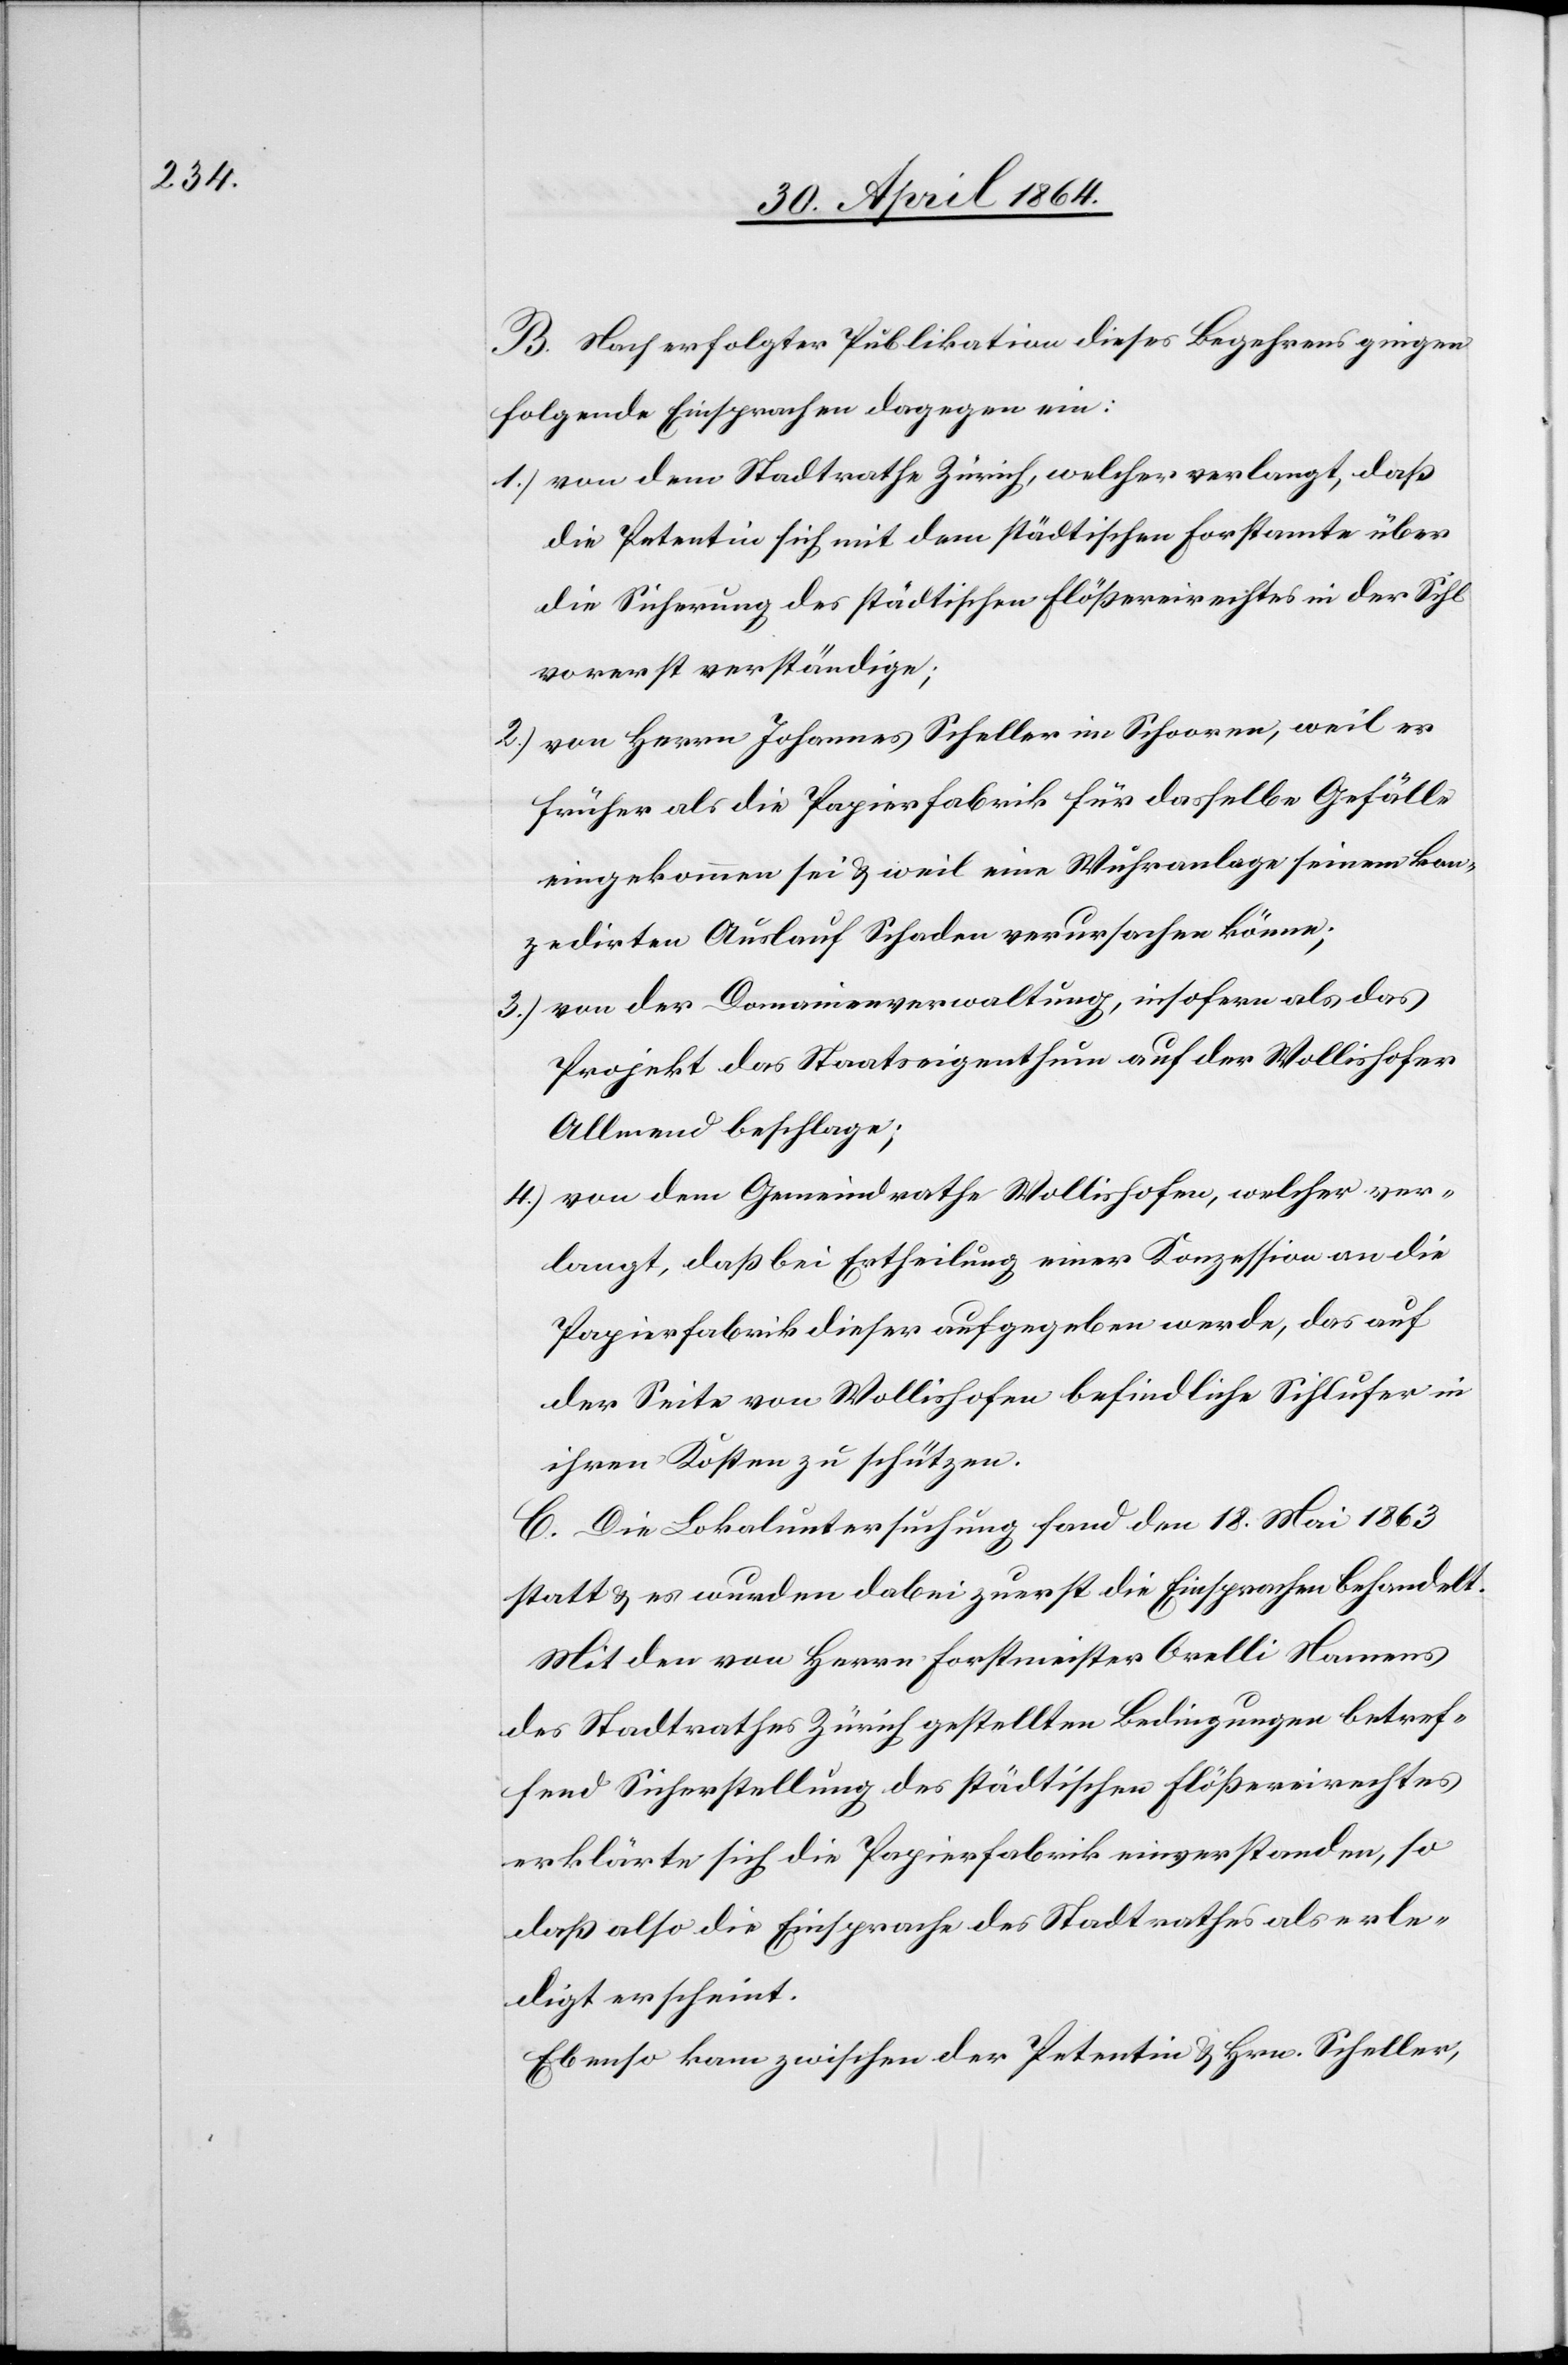
B. Nach erfolgter Publikation dieses Begehrens gingen
folgende Einsprachen dagegen ein:
1.) von dem Stadtrathe Zürich, welcher verlangt, daß
die Petentin sich mit dem städtischen Forstamte über
die Sicherung des städtischen Flößereirechtes in der Sihl
vorerst verständige;
2.) von Herrn Johannes Scheller im Schooren, weil er
früher als die Papierfabrik für dasselbe Gefälle
eingekommen sei u. weil eine Wuhranlage seinem kon¬
zedirten Auslauf Schaden verursachen könne;
3.) von der Domainenverwaltung, insofern als das
Projekt das Staatseigenthum auf der Wollishofer
Allmend beschlage;
4.) von dem Gemeindrathe Wollishofen, welcher ver¬
langt, daß bei Ertheilung einer Konzession an die
Papierfabrik dieser aufgegeben werde, das auf
der Seite von Wollishofen befindliche Sihlufer in
ihren Kosten zu schützen.
C. Die Lokaluntersuchung fand den 18. Mai 1863
statt u. es wurden dabei zuerst die Einsprachen behandelt.
Mit den von Herrn Forstmeister Orelli Namens
des Stadtrathes Zürich gestellten Bedingungen betref¬
fend Sicherstellung des städtischen Flößereirechtes
erklärte sich die Papierfabrik einverstanden, so
daß also die Einsprache des Stadtrathes als erle¬
digt erscheint.
Ebenso kam zwischen der Petentin u. Hrn. Scheller,